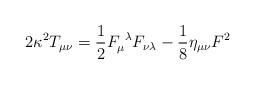
LaTeX: \begin{align*}2 \kappa^2 T_{\mu \nu} = \frac{1}{2} F_\mu^{\ \lambda} F_{\nu \lambda}- \frac{1}{8} \eta_{\mu \nu} F^2\end{align*}